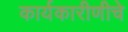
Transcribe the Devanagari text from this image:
कार्यकारीणीचे